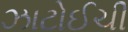
ઝાટોઈચી